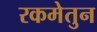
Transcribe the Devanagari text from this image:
रकमेतुन